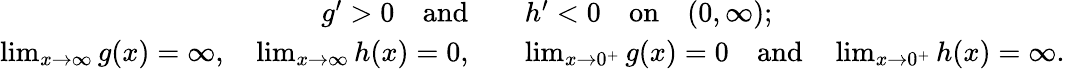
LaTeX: \begin{array}{rl}{g^{\prime}>0\quad\mathrm{and}}&{\quad h^{\prime}<0\quad\mathrm{on}\quad(0,\infty);}\\ {\operatorname*{lim}_{x\to\infty}g(x)=\infty,\quad\operatorname*{lim}_{x\to\infty}h(x)=0,}&{\quad\operatorname*{lim}_{x\to 0^{+}}g(x)=0\quad\mathrm{and}\quad\operatorname*{lim}_{x\to 0^{+}}h(x)=\infty.}\end{array}